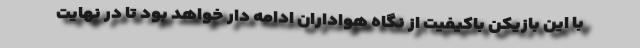
با این بازیکن باکیفیت از نگاه هواداران ادامه دار خواهد بود تا در نهایت